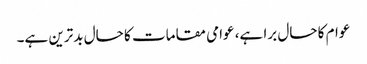
عوام کا حال برا ہے، عوامی مقامات کا حال بدترین ہے۔